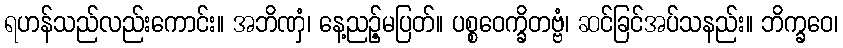
ရဟန်သည်လည်းကောင်း။ အဘိဏှံ၊ နေ့ညဉ့်မပြတ်။ ပစ္စဝေက္ခိတဗ္ဗံ၊ ဆင်ခြင်အပ်သနည်း။ ဘိက္ခဝေ၊